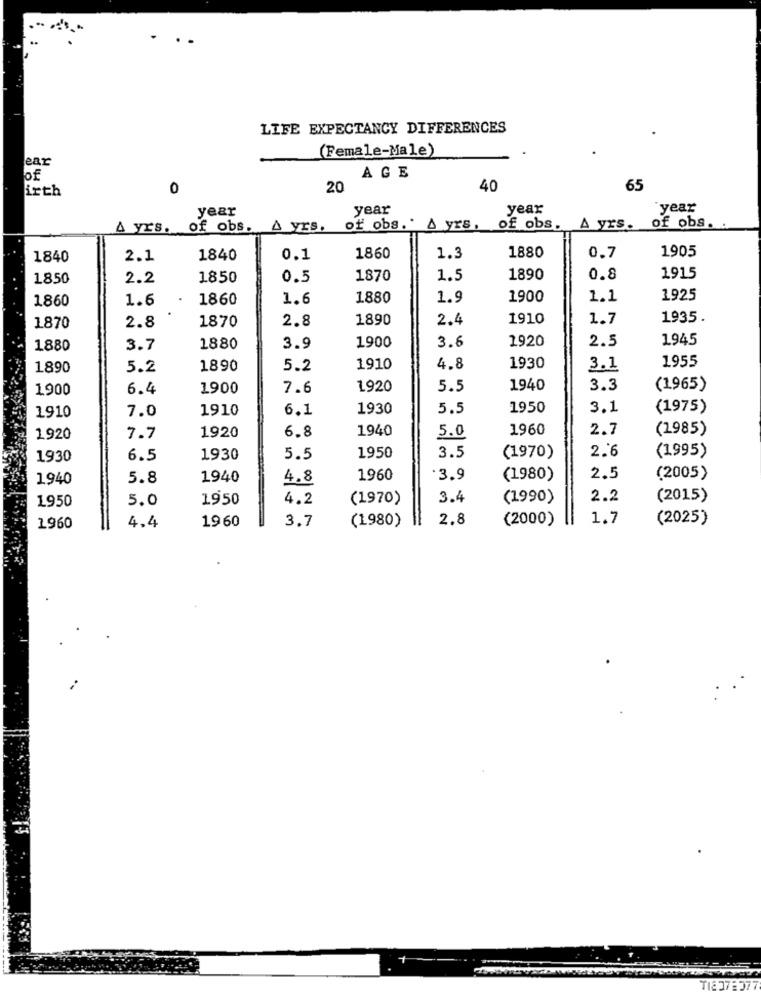
...
LIFE EXPECTANCY DIFFERENCES
(Female-Male)
ear
AGE
44
irth
0
20
40
65
year
year
year
year
A yrs. of obs.
A yrs.
of obs." A yrs, of obs. A yrs.
of obs.
1905
1840
2.1
1840
0.1
1860
1.3
1880
0.7
1850
2.2
1850
0.5
1870
1.5
1890
0.8
1915
1860
1.6
1860
1.6
1880
1.9
1900
1.1
1925
2.8
1870
2.8
1890
2.4
1910
1.7
1935.
1870
3.6
1920
2.5
1945
1880
3.7
1880
3.9
1900
1955
1890
5.2
1890
5.2
1910
4.8
1930
3.1
1900
6.4
1900
7.6
1920
5.5
1940
3.3
(1965)
1910
7.0
1910
6.1
1930
5.5
1950
3.1
(1975)
6.8
1940
1960
2.7
(1985)
1920
7.7
1920
5.0
3.5
2.6
(1995)
1930
6.5
1930
5.5
1950
(1970)
1940
5.8
1940
4.8
1960
.3.9
(1980)
2.5
(2005)
1950
5.0
1950
4.2
(1970)
3.4
(1990)
2.2
(2015)
1960
3.7
2.8
(2000)
1.7
(2025)
1960
4.4
(1980)
T12 37:377